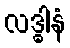
လဒ္ဓါနံ